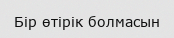
Бір өтірік болмасын